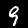
Label: 9